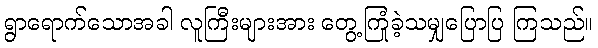
ရွာရောက်သောအခါ လူကြီးများအား တွေ့ကြုံခဲ့သမျှပြောပြ ကြသည်။